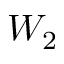
W _ { 2 }